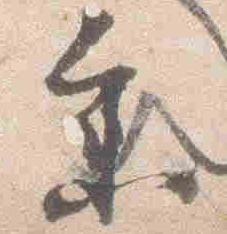
参